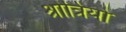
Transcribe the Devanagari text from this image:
श्रोत्रियो